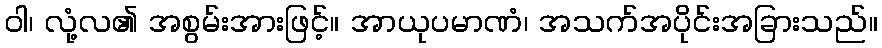
ဝါ၊ လုံ့လ၏ အစွမ်းအားဖြင့်။ အာယုပမာဏံ၊ အသက်အပိုင်းအခြားသည်။